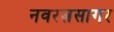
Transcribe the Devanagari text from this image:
नवरत्नसागर